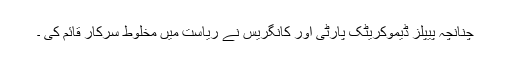
چنانچہ پیپلز ڈیموکریٹک پارٹی اور کانگریس نے ریاست میں مخلوط سرکار قائم کی ۔